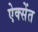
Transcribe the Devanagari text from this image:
ऐक्सेंत